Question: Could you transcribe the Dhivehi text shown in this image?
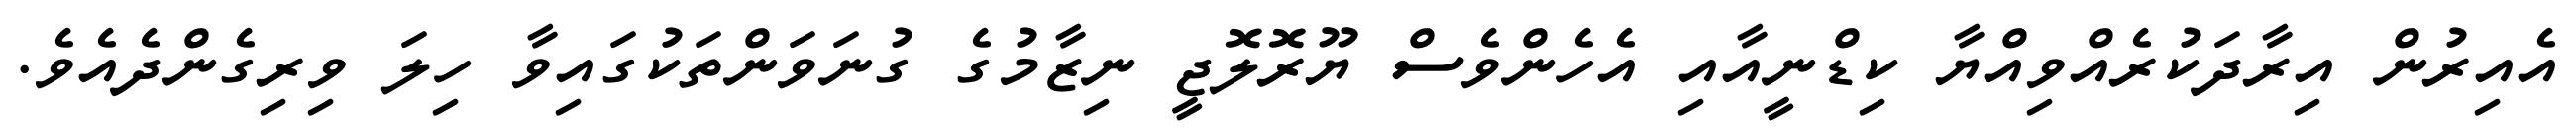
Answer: އެއިރުން އިރާދަކުރެއްވިއްޔާ ކިޑްނީއާއި އެހެންވެސް ޔޫރޮލޮޖީ ނިޒާމުގެ ގުނަވަންތަކުގައިވާ ހިލަ ވިރިގެންދެއެވެ.